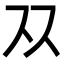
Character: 𬽡